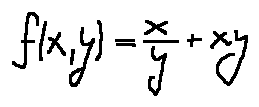
f ( x , y ) = \frac { x } { y } + x y